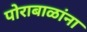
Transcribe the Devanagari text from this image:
पोराबाळांना